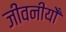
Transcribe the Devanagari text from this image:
जीवनीयोँ